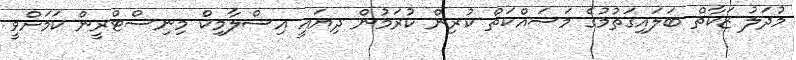
މުދަލު ޒަކާތް ބަލައިގަތުމުގެ މަސައްކަތް ކުރިން ކުރަމުން ދިޔައީ އިސްލާމިކް މިނިސްޓްރީން ކަަމަށްވީ